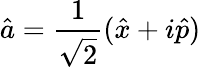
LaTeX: \hat{a}=\frac{1}{\sqrt{2}}(\hat{x}+i\hat{p})